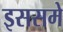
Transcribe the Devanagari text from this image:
इससमे